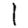
Digit: 1